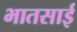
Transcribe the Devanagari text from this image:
भातसाई